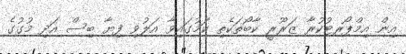
އިން އިމްޕޯރޓުކުރާ ޒަރޫރީ ކާބޯތަކެތި ކަމުގައިވާ އަލުވި ފިޔާ ބިސް އަދި މުގުގެ